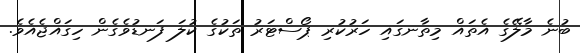
ބުނެ މާލޭގެ އެތައް މިތާނގައި ހަރުކުރި ޕޯސްޓަރު ތަކުގެ ކުލަ ފަނޑުވެގެން ހިގައްޖެއެވެ.